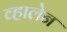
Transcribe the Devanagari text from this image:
व्हालेन